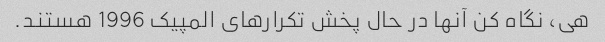
هی، نگاه کن آنها در حال پخش تکرارهای المپیک 1996 هستند.